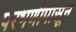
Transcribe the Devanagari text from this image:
परभणीपासून